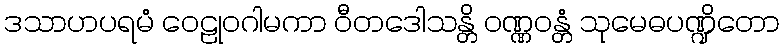
ဒသာဟပရမံ ဝေဠုဝဂါမကာ ဝီတဒေါသန္တိ ဝဏ္ဏဝန္တံ သုမေဓပဏ္ဍိတော